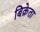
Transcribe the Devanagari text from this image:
बिक्रेता